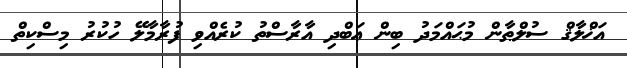
އަޚްލާޤް ސުލްޠާން މުޙައްމަދު ބިން ޢަބްދި އާރާސްތު ކުރެއްވި ފުރާމާލޭ ހުކުރު މިސްކިތް